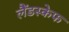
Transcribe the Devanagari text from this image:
लैंडस्केफ